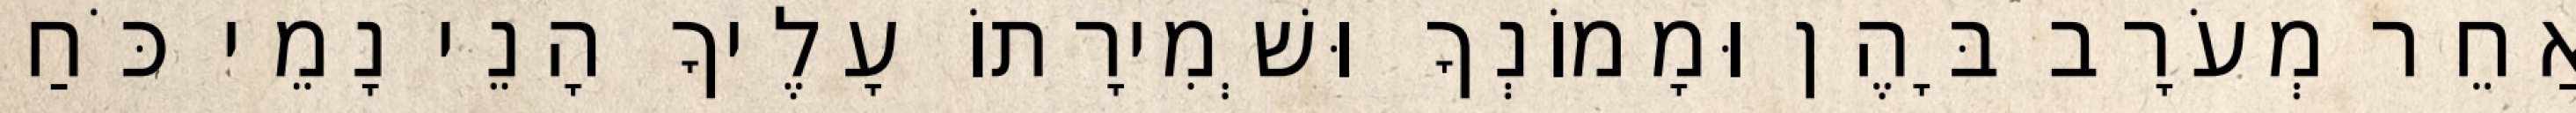
אַחֵר מְעֹרָב בָּהֶן וּמָמוֹנְךָ וּשְׁמִירָתוֹ עָלֶיךָ הָנֵי נָמֵי כֹּחַ